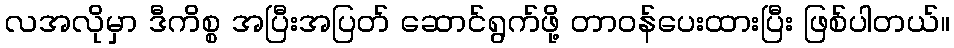
လအလိုမှာ ဒီကိစ္စ အပြီးအပြတ် ဆောင်ရွက်ဖို့ တာဝန်ပေးထားပြီး ဖြစ်ပါတယ်။